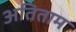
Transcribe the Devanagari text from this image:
अतिताम